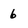
Character: 6